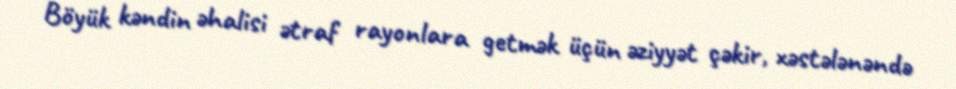
Böyük kəndin əhalisi ətraf rayonlara getmək üçün əziyyət çəkir, xəstələnəndə